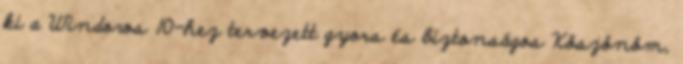
ki a Windows 10-hez tervezett gyors és biztonságos Köszönöm,